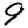
Digit: 9